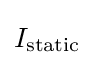
I_{\text{static}}